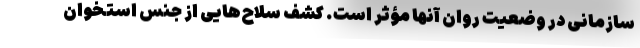
سازمانی در وضعیت روان آنها مؤثر است. کشف سلاح‌هایی از جنس استخوان